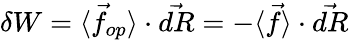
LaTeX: \delta W=\langle{\vec{f}}_{op}\rangle\cdot{\vec{dR}}=-\langle{\vec{f}}\rangle\cdot{\vec{dR}}